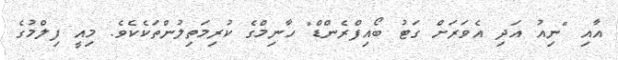
އާއި "ނިއު އަދި އެވަރަށް ގަޓު ބޯއިފްރެންޑް" ހާނިމްގެ ކުރިމަތިލުންތަކެކެވެ. މިއީ ފިލްމުގެ